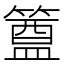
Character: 𮆊